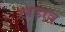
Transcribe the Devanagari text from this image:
खड़ाव